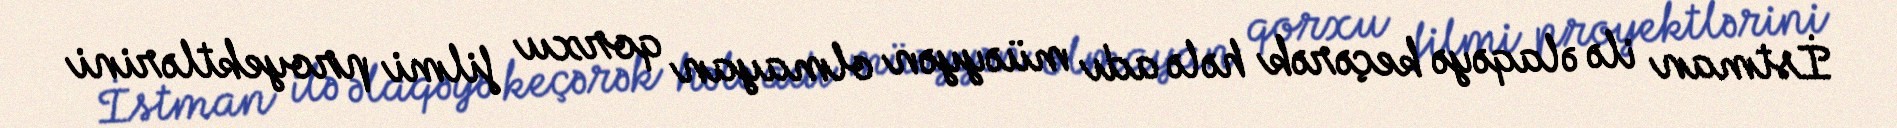
İstman ilə əlaqəyə keçərək hələ adı müəyyən olmayan qorxu filmi proyektlərini